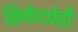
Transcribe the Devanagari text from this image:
क्रिकेटवेडी